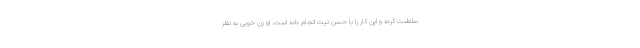
سلطنت کرده و این کار را با حسن نیت انجام داده است. او زن خوبی به نظر